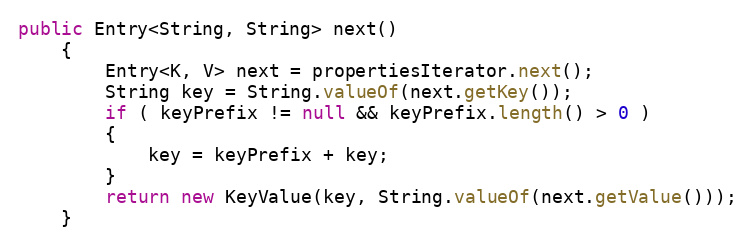
Language: Java
public Entry<String, String> next()
	{
		Entry<K, V> next = propertiesIterator.next();
		String key = String.valueOf(next.getKey());
		if ( keyPrefix != null && keyPrefix.length() > 0 )
		{
			key = keyPrefix + key;
		}
		return new KeyValue(key, String.valueOf(next.getValue()));
	}